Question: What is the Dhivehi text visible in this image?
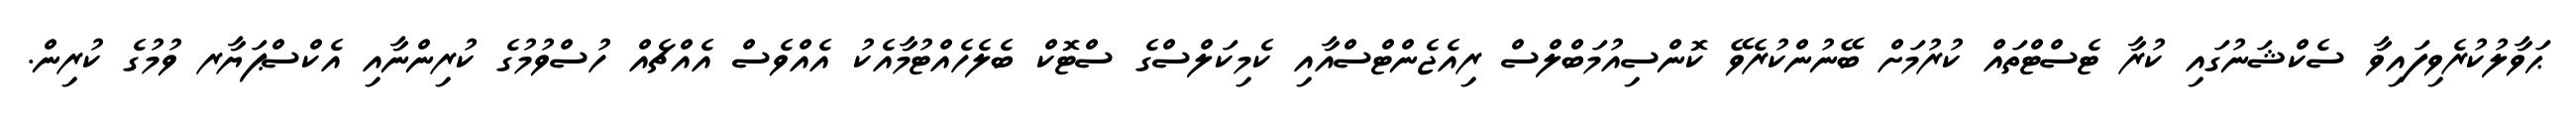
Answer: ޙަވާލުކުރެވިފައިވާ ސެކްޝަނުގައި ކުރާ ޓެސްޓްތައް ކުރުމަށް ބޭނުންކުރެވޭ ކޮންސިއުމަބްލްސް ރިއެޖެންޓްސްއާއި ކެމިކަލްސްގެ ސްޓޮކް ބެލެހެއްޓުމާއެކު އެއްވެސް އެއްޗެއް ހުސްވުމުގެ ކުރިންނާއި އެކްސްޕަޔާރ ވުމުގެ ކުރިން.